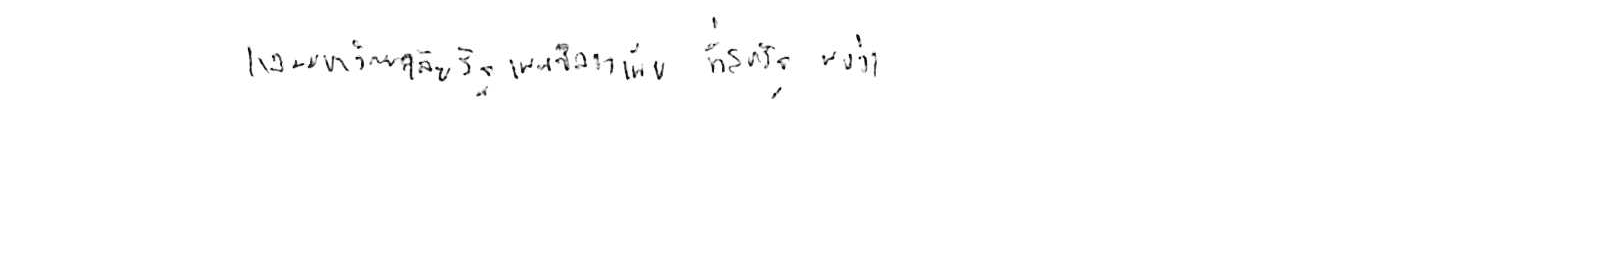
และมหาวิทยาลัยรัฐเพนซิลวาเนีย ที่สหรัฐ พบว่า